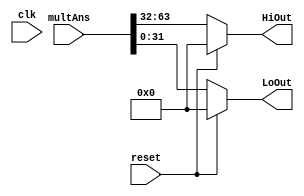
module HiLo( clk, multAns, HiOut, LoOut, reset );
input clk;
input reset ;
input [63:0] multAns ;
output [31:0] HiOut, LoOut ;

reg [31:0] HiReg, LoReg ;
wire [31:0] HiOut, LoOut;
parameter Hi = 6'd16;
parameter Lo = 6'd18;

always@( multAns or reset )
begin
  if ( reset )
  begin
    HiReg <= 32'b0;
    LoReg <= 32'b0;
  end
  else begin
      {HiReg, LoReg} <= multAns;
  end
end

assign HiOut = HiReg;
assign LoOut = LoReg;

endmodule